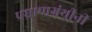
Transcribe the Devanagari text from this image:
प्रघ्राणग्रंथीनी